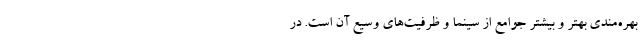
بهره‌مندی بهتر و بیشتر جوامع از سینما و ظرفیت‌های وسیع آن است. در